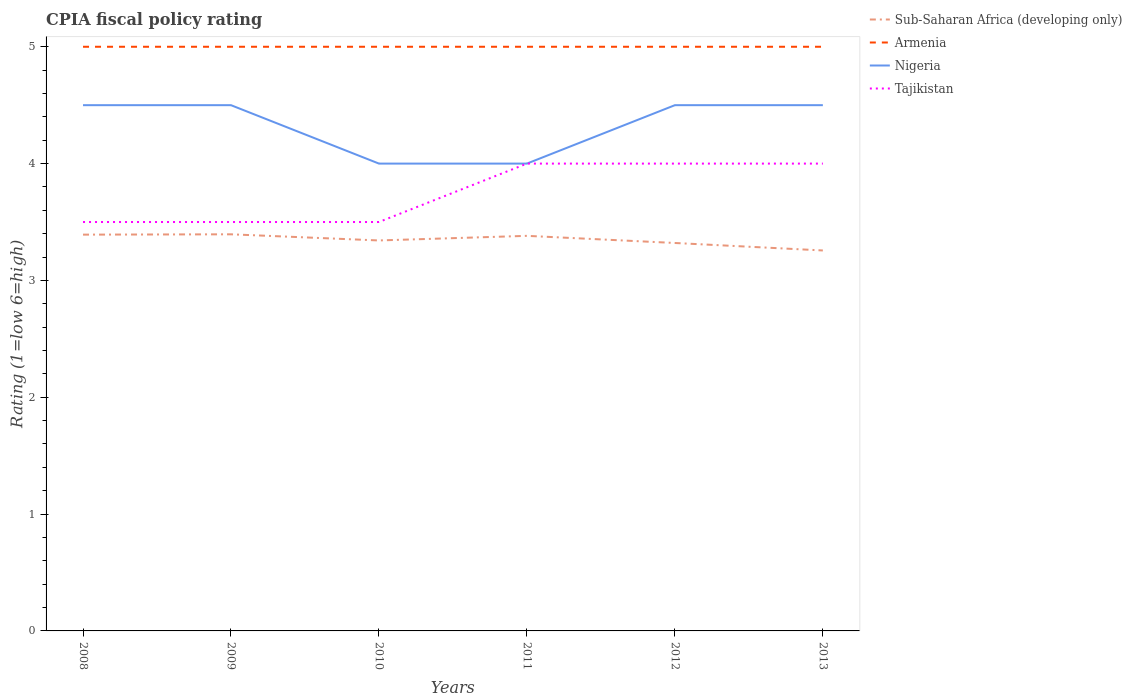
| Years | Sub-Saharan Africa (developing only) | Armenia | Nigeria | Tajikistan |
 | --- | --- | --- | --- | --- |
 | 2008 | 3.39 | 5 | 4.5 | 3.5 |
 | 2009 | 3.39 | 5 | 4.5 | 3.5 |
 | 2010 | 3.34 | 5 | 4 | 3.5 |
 | 2011 | 3.38 | 5 | 4 | 4 |
 | 2012 | 3.32 | 5 | 4.5 | 4 |
 | 2013 | 3.26 | 5 | 4.5 | 4 |